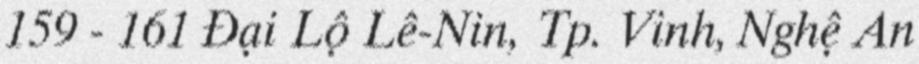
159 - 161 Đại Lộ Lê-Nin, Tp. Vinh, Nghệ An